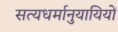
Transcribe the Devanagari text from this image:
सत्यधर्मानुयायियों